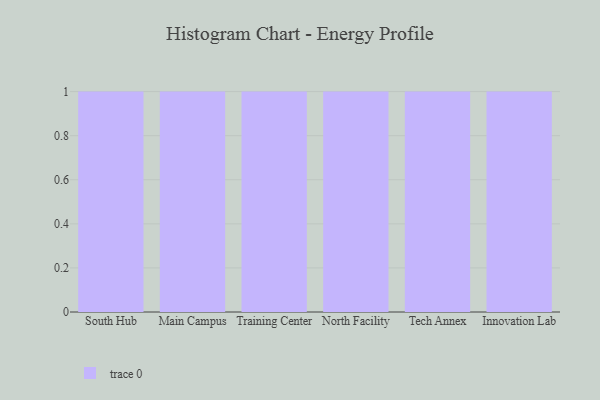
{"axis": {"x": "Campus", "y": "Revenue (USD Million)"}, "legend": [""], "data": [{"x": "South Hub", "y": 89, "type": ""}, {"x": "Main Campus", "y": 41, "type": ""}, {"x": "Training Center", "y": 20, "type": ""}, {"x": "North Facility", "y": 44, "type": ""}, {"x": "Tech Annex", "y": 99, "type": ""}, {"x": "Innovation Lab", "y": 36, "type": ""}]}